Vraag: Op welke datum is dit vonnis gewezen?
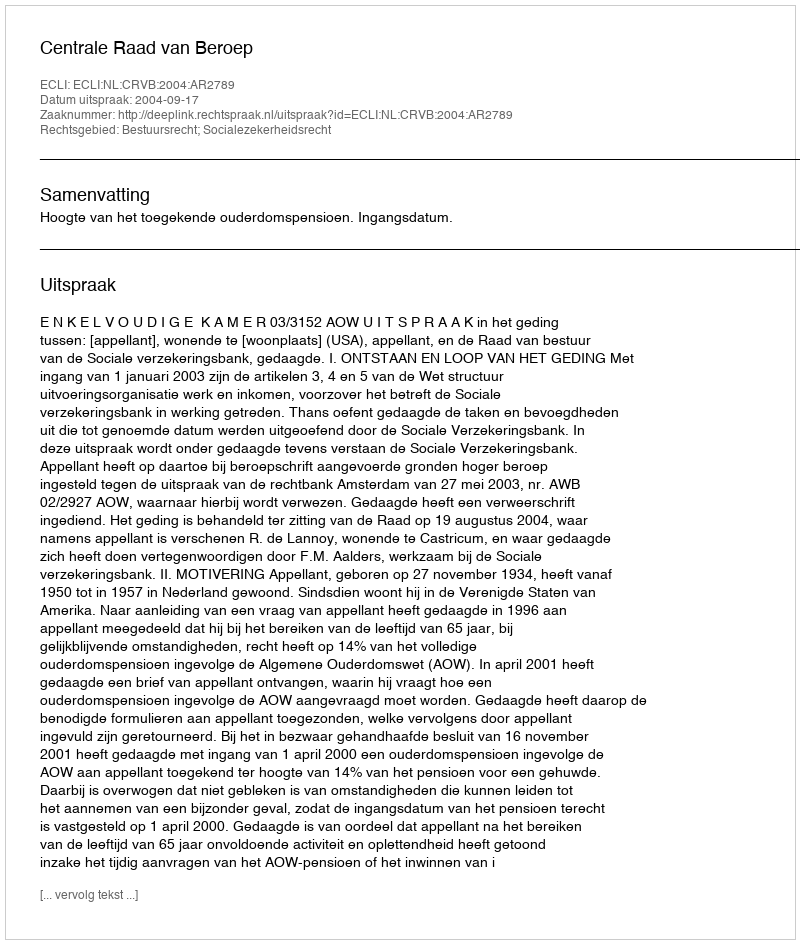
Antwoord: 2004-09-17